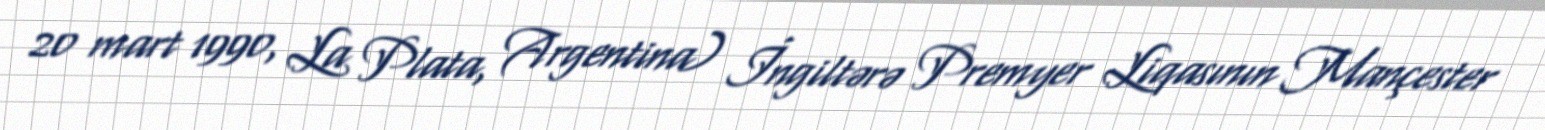
20 mart 1990, La Plata, Argentina) İngiltərə Premyer Liqasının Mançester